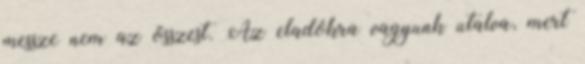
messze nem az összest. Az eladókra vagyunk utalva, mert